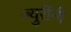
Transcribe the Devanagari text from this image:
ज्युरींनी